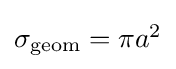
{\textstyle \sigma _{\text{geom}}=\pi a^{2}}